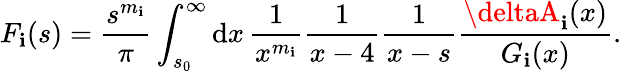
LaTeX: F_{\mathbf{i}}(s)={\frac{{s^{m_{\mathbf{i}}}}}{{\pi}}}\int_{s_{0}}^{\infty}\mathrm{{d}}x\, {\frac{{1}}{{x^{m_{\mathbf{i}}}}}}{\frac{{1}}{{x-4}}}{\frac{{1}}{{x-s}}}{\frac{{\deltaA_{\mathbf{i}}(x)}}{{G_{\mathbf{i}}(x)}}}.